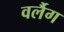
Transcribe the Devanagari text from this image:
वर्लैग